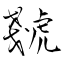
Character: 虦